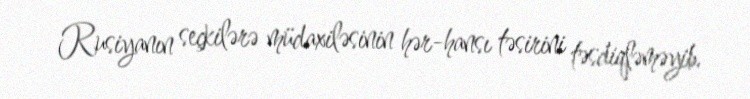
Rusiyanın seçkilərə müdaxiləsinin hər-hansı təsirini təsdiqləməyib.